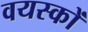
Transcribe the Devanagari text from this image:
वयस्‍कों